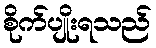
စိုက်ပျိုးရသည်